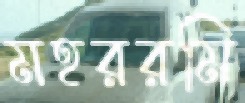
মহররমি